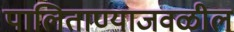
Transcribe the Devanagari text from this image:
पालिताण्याजवळील